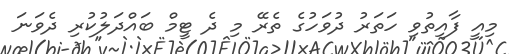
މިއީ ފާއިތުވި ހަތަރު ދުވަހުގެ ތެރޭ މި ދެ ޓީމް ބައްދަލުކުރި ދެވަނަ